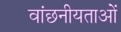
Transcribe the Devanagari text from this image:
वांछनीयताओं